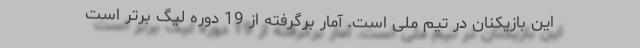
این بازیکنان در تیم ملی است. آمار برگرفته از 19 دوره لیگ برتر است